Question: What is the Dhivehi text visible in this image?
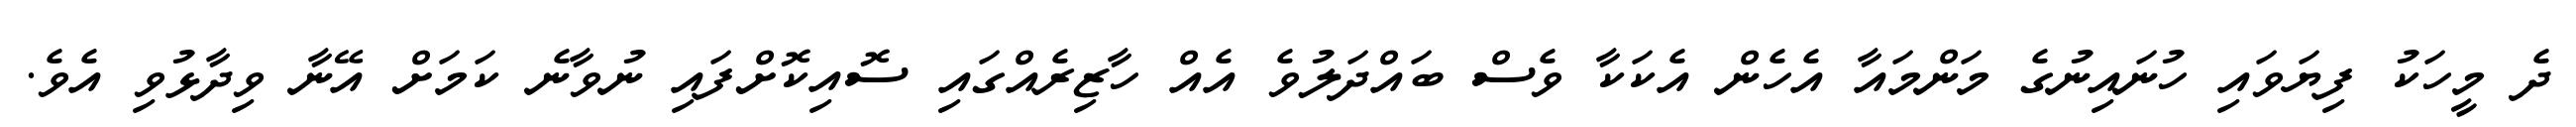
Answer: ދެ މީހަކު ފިޔަވައި ހުނައިނުގެ މަންމައާ އެހެން އެކަކާ ވެސް ބައްދަލުވެ އެއް ހާޒިރެއްގައި ސޮއިކޮށްފައި ނުވާނެ ކަމަށް އޭނާ ވިދާޅުވި އެވެ.